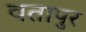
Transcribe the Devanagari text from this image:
वतापुर